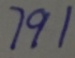
7 9 1